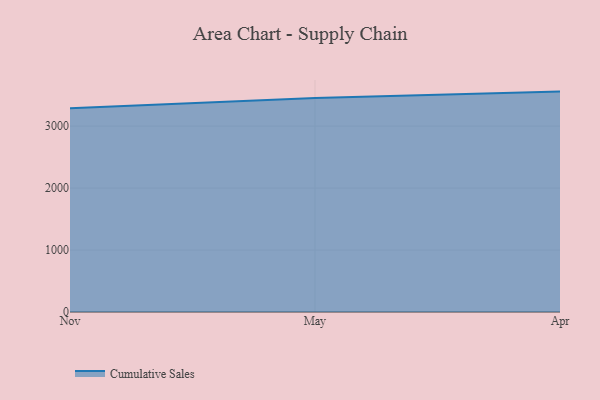
{"axis": {"x": "Month", "y": "Operating Costs (USD K)"}, "legend": ["Cumulative Sales"], "data": [{"x": "Nov", "y": 3287.0, "type": "Cumulative Sales"}, {"x": "May", "y": 3454.4, "type": "Cumulative Sales"}, {"x": "Apr", "y": 3556.5, "type": "Cumulative Sales"}]}